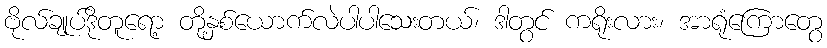
ဗိုလ်ချုပ်ဒိုတူရော့ တို့နှစ်ယောက်လဲပါပါသေးတယ်၊ ဒါတွင် ကရိုးလား၊ အာရုံကြောတွေ